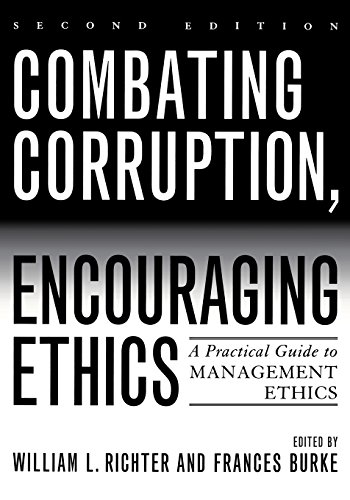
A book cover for Combating Corruption, Encouraging Ethics: A Practical Guide to Management Ethics; Business & Money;